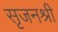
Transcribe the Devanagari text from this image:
सृजनश्री